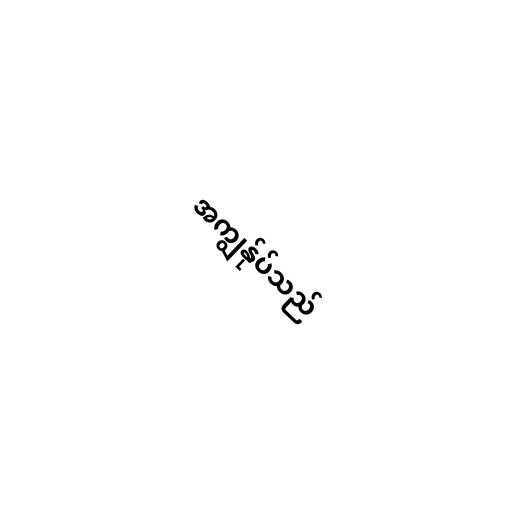
အကျွန်ုပ်သည်